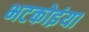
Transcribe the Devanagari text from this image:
भटकोइंया